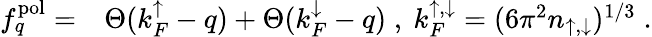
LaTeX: \begin{array}{rl}{f_{q}^{\mathrm{pol}}=}&{\Theta(k_{F}^{\mathord{\uparrow}}-q)+\Theta(k_{F}^{\mathord{\downarrow}}-q)\; ,~k_{F}^{\mathord{\uparrow},\mathord{\downarrow}}=(6\pi^{2}n_{\mathord{\uparrow},\mathord{\downarrow}})^{1/3}\; .}\end{array}